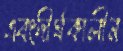
এবংদীর্ঘকালীন